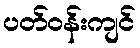
ပတ်ဝန်းကျင်